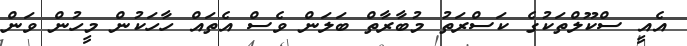
އެއީ ސްކޫލްތަކުގެ ކަސްރަތު މުބާރާތް ބަލަން ވެސް އެތައް ހާހަކުން މީހުން ވަން